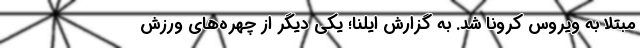
مبتلا به ویروس کرونا شد. به گزارش ایلنا؛ یکی دیگر از چهره‌های ورزش